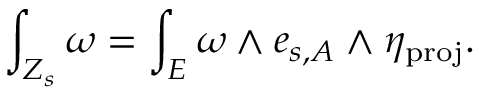
\int _ { Z _ { s } } \omega = \int _ { E } \omega \wedge e _ { s , A } \wedge \eta _ { \mathrm { p r o j } } .